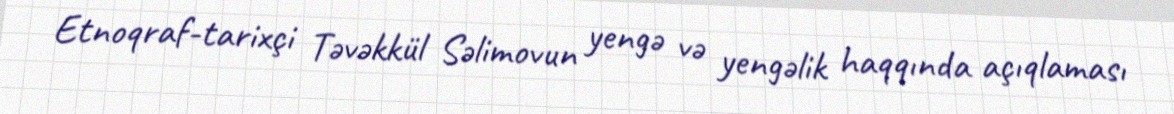
Etnoqraf-tarixçi Təvəkkül Səlimovun yengə və yengəlik haqqında açıqlaması